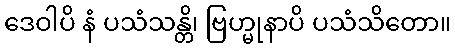
ဒေဝါပိ နံ ပသံသန္တိ၊ ဗြဟ္မုနာပိ ပသံသိတော။